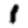
Digit: 1